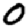
Digit: 0